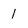
Character: 1